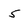
Character: 5